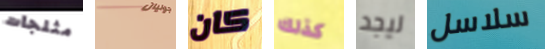
مثلجات جوليان كان كذلك ليجد سلاسل